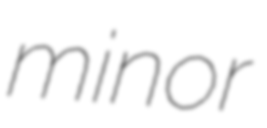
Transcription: minor